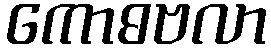
ကောဓဗလာ